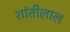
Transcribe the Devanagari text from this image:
शांतीलाल